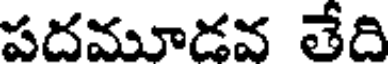
పదమూడవ తేది